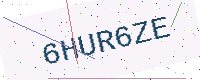
Text: 6HUR6ZE